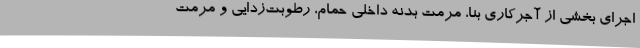
اجرای بخشی از آجرکاری بنا، مرمت بدنه داخلی حمام، رطوبت‌زدایی و مرمت